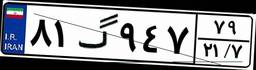
۸۱گ۹۴۷۷۹